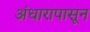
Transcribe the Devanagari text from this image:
अंधारापासून